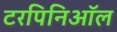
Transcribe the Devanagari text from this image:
टरपिनिऑल